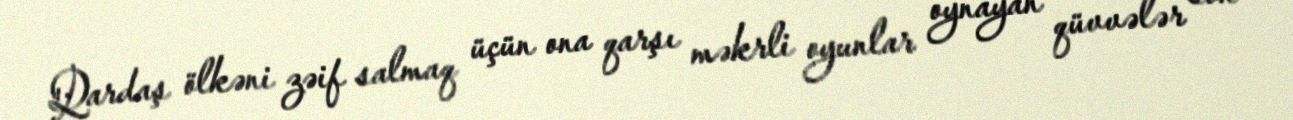
Qardaş ölkəni zəif salmaq üçün ona qarşı məkrli oyunlar oynayan qüvvələr son